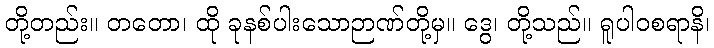
တို့တည်း။ တတော၊ ထို ခုနစ်ပါးသောဉာဏ်တို့မှ။ ဒွေ၊ တို့သည်။ ရူပါဝစရာနိ၊